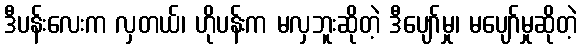
ဒီပန်းလေးက လှတယ်၊ ဟိုပန်းက မလှဘူးဆိုတဲ့ ဒီပျော်မှု၊ မပျော်မှုဆိုတဲ့